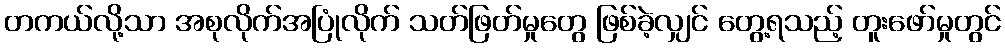
တကယ်လို့သာ အစုလိုက်အပြုံလိုက် သတ်ဖြတ်မှုတွေ ဖြစ်ခဲ့လျှင် တွေ့ရသည့် တူးဖော်မှုတွင်